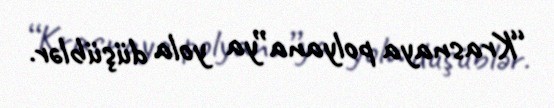
“Krasnaya polyana”ya yola düşüblər.